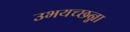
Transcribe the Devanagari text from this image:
उभयच्छन्ना